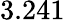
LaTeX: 3.241